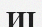
ИІ